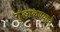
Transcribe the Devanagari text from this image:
गुंडाळण्याचे